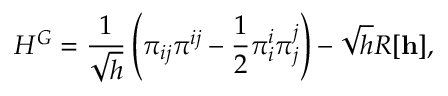
{ } H ^ { G } = \frac { 1 } { \sqrt { h } } \left( { \pi } _ { i j } { \pi } ^ { i j } - \frac { 1 } { 2 } { \pi } _ { i } ^ { i } { \pi } _ { j } ^ { j } \right) - \sqrt { h } R [ { \bf h } ] ,